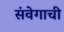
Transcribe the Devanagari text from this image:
संवेगाची